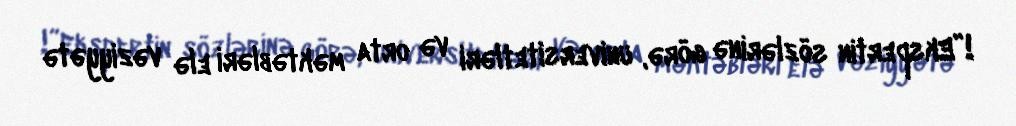
!”Ekspertin sözlərinə görə, universitetləri və orta məktəbləri elə vəziyyətə